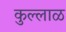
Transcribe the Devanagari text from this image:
कुल्लाळ